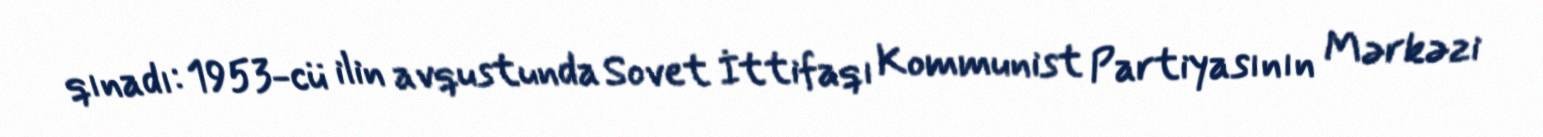
qınadı: 1953-cü ilin avqustunda Sovet İttifaqı Kommunist Partiyasının Mərkəzi